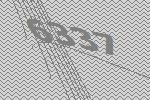
6337